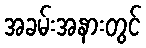
အခမ်းအနားတွင်